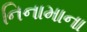
નિનામાના